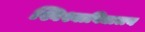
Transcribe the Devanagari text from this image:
श्विश्वाविद्यालय